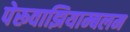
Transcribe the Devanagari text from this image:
पेरूवाझियाम्बलम